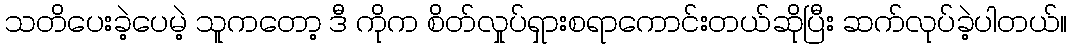
သတိပေးခဲ့ပေမဲ့ သူကတော့ ဒီ ကိုက စိတ်လှုပ်ရှားစရာကောင်းတယ်ဆိုပြီး ဆက်လုပ်ခဲ့ပါတယ်။